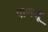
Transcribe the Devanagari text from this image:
पाणजू